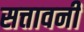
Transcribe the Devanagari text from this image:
सत्तावनी